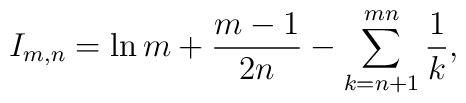
I_{m,n}=\ln m + \frac{m-1}{2n}-\sum_{k=n+1}^{mn}\frac{1}{k},